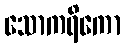
သောကရိကော